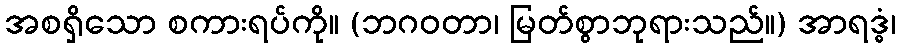
အစရှိသော စကားရပ်ကို။ (ဘဂဝတာ၊ မြတ်စွာဘုရားသည်။) အာရဒ္ဓံ၊